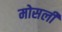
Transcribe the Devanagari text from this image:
मोसली